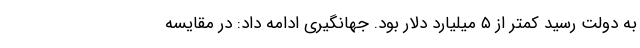
به دولت رسید کمتر از ٥ میلیارد دلار بود. جهانگیری ادامه داد: در مقایسه